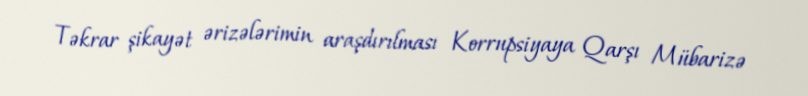
Təkrar şikayət ərizələrimin araşdırılması Korrupsiyaya Qarşı Mübarizə